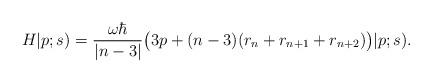
LaTeX: \begin{align*}H|p; s) ={\omega \hbar\over{|n-3|}}\big(3p+(n-3)(r_n+r_{n+1}+r_{n+2}) \big)|p; s).\end{align*}